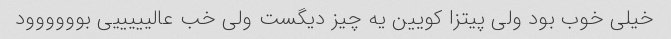
خیلی خوب بود ولی پیتزا کویین یه چیز دیگست ولی خب عالیییییی بوووووود